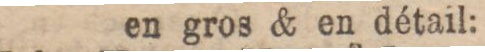
en gros & en détail: